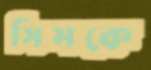
সিমকে